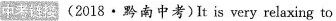
市考链接 (2018·黔南中考) It is very relaxing to